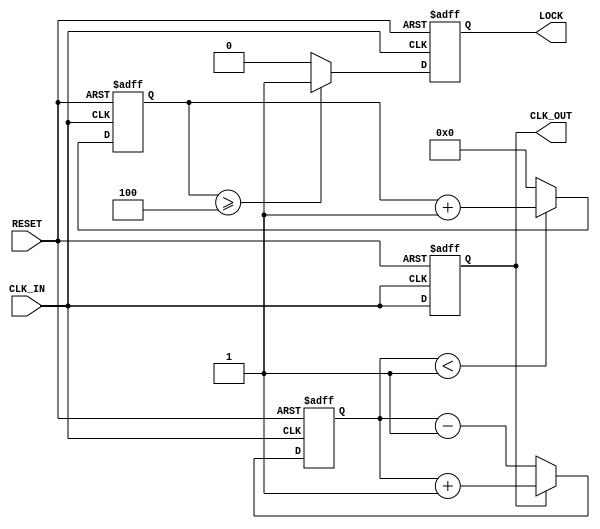
module MemoryBlocksDLL (
    input wire CLK_IN,          // Input Clock
    input wire RESET,           // Reset signal
    output reg CLK_OUT,         // Output Clock
    output reg LOCK             // Lock signal
);

    // Parameters for the DLL
    parameter DELAY_STAGES = 8; // Number of delay stages in VCDL
    parameter THRESHOLD = 1;      // Phase error threshold for lock detection

    // Internal signals
    reg [DELAY_STAGES-1:0] delay_line; // Delay line control
    reg [3:0] phase_error;              // Phase error signal
    reg [3:0] loop_filter;              // Loop filter output
    reg [3:0] delay_control;            // Control signal for VCDL
    reg [3:0] lock_counter;             // Counter for lock detection

    // Phase Detector (PD)
    always @(posedge CLK_IN or posedge RESET) begin
        if (RESET) begin
            phase_error <= 0;
        end else begin
            // Simple phase error detection logic (for demonstration)
            // Compare CLK_IN and CLK_OUT to determine phase error
            if (CLK_OUT) begin
                phase_error <= phase_error + 1; // Increment if CLK_OUT is high
            end else begin
                phase_error <= phase_error - 1; // Decrement if CLK_OUT is low
            end
        end
    end

    // Loop Filter (LF)
    always @(posedge CLK_IN or posedge RESET) begin
        if (RESET) begin
            loop_filter <= 0;
        end else begin
            // Simple low-pass filter (for demonstration)
            loop_filter <= (loop_filter + phase_error) >> 1; // Average the phase error
        end
    end

    // Voltage-Controlled Delay Line (VCDL)
    always @(posedge CLK_IN or posedge RESET) begin
        if (RESET) begin
            delay_control <= 0;
            delay_line <= 0;
        end else begin
            // Update delay control based on loop filter output
            delay_control <= loop_filter;
            // Implement the delay line using memory blocks
            delay_line <= delay_control; // For simplicity, directly assign control
        end
    end

    // Feedback path and output clock generation
    always @(posedge CLK_IN or posedge RESET) begin
        if (RESET) begin
            CLK_OUT <= 0;
            lock_counter <= 0;
            LOCK <= 0;
        end else begin
            // Generate the output clock based on the delay line
            CLK_OUT <= #delay_line CLK_IN; // Apply the delay to CLK_IN

            // Lock detection logic
            if (phase_error < THRESHOLD) begin
                lock_counter <= lock_counter + 1; // Increment lock counter
            end else begin
                lock_counter <= 0; // Reset lock counter
            end

            // Assert LOCK signal if stable phase alignment is achieved
            if (lock_counter >= 4) begin // Arbitrary threshold for lock detection
                LOCK <= 1;
            end else begin
                LOCK <= 0;
            end
        end
    end

endmodule